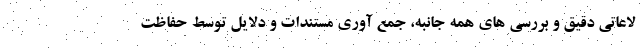
لاعاتی دقیق و بررسی های همه جانبه، جمع آوری مستندات و دلایل توسط حفاظت